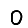
Digit: 0